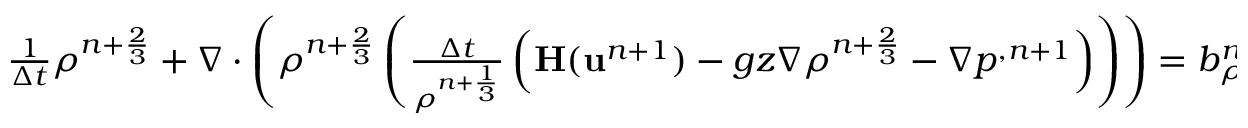
\begin{array} { r } { \frac { 1 } { \Delta t } { \rho } ^ { n + \frac { 2 } { 3 } } + \nabla \cdot \left( { \rho } ^ { n + \frac { 2 } { 3 } } \left( \frac { \Delta t } { { \rho } ^ { n + \frac { 1 } { 3 } } } \left( \mathbf { H } ( \mathbf u ^ { n + 1 } ) - g z \nabla { \rho } ^ { n + \frac { 2 } { 3 } } - \nabla p ^ { , n + 1 } \right) \right) \right) = b _ { \rho } ^ { n + 1 } . } \end{array}